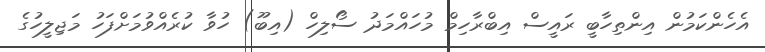
އެހެންކަމުން އިންތިހާބީ ރައީސް އިބްރާހިމް މުހައްމަދު ސޯލިހް (އިބޫ) ހުވާ ކުރެއްވުމަށްފަހު މަޖިލީހުގެ